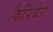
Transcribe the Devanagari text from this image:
कैपिबेरा